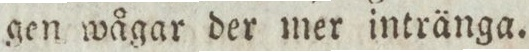
gen wågar der mer intränga.